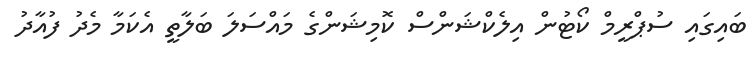
ބައިގައި ސުޕްރީމް ކޯޓުން އިލެކްޝަންސް ކޮމިޝަންގެ މައްސަލަ ބަލާތީ އެކަމާ މެދު ފުއާދު